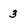
Character: 3